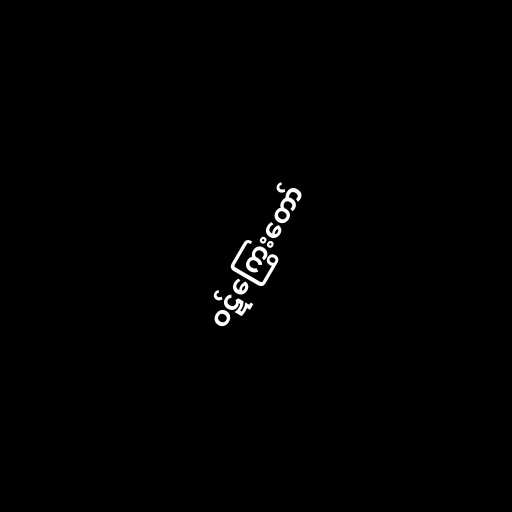
ဝဋ်ကြွေးတော်